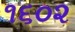
૧૬૦૨